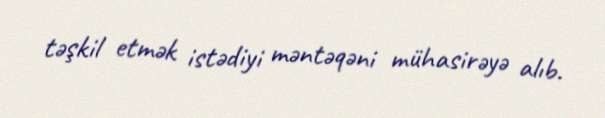
təşkil etmək istədiyi məntəqəni mühasirəyə alıb.